Code of medical and sanitary regulations for the guidance of medical officers serving in the Madras Presidency - Volume II
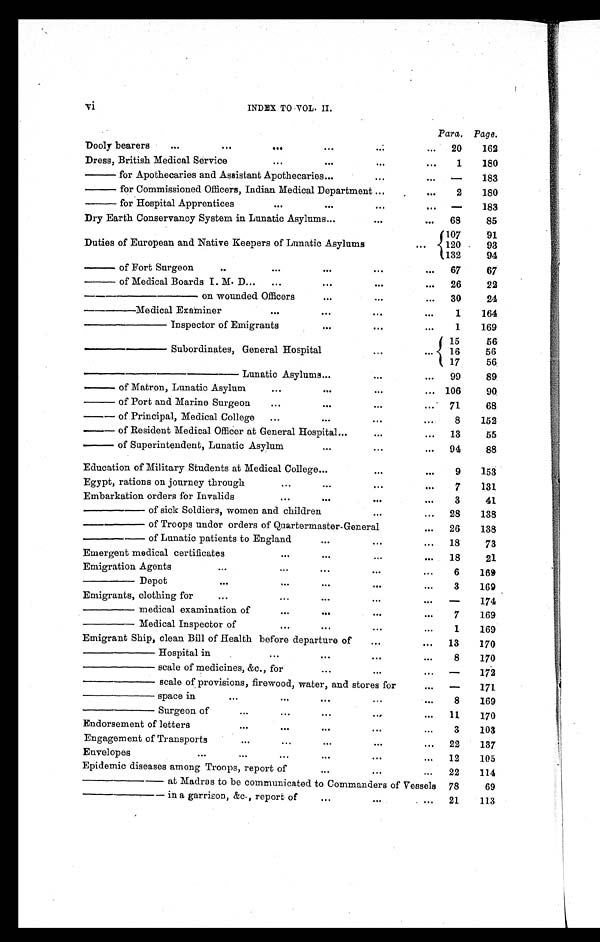
INDEX TO VOL. II.
Para. Page.
Dooly bearers
...
. . .
. . .
...
...
...
20
162
Dress, British Medical Service
...
...
...
...
1
180
—— for Apothecaries and Assistant Apothecaries...
...
. . .
—
183
—— for Commissioned Officers, Indian Medical Department ...
. . .
2
180
—— for Hospital Apprentices
...
...
...
... —
183
Dry Earth Conservancy System in Lunatic Asylums...
...
. . .
68
85
Duties of European and Native Keepers of Lunatic Asylums
...
107
91
1 2 0
93
132
94
—— of Fort Surgeon
..
...
...
...
...
67
67
—— of Medical Boards I. M. D...
...
...
...
...
26
22
— — — — — — — — o n w o u n d e d O f f i c e r s
...
...
...
30
24
———— Medical Examiner
...
...
...
...
1
164
————— Inspector of Emigrants
...
...
. . .
1
169
————— Subordinates, General Hospital
...
...
15
56
16
56
17
56
—————————Lunatic Asylums...
...
...
99
89
— — o f M a t r o n , L u n a t i c A s y l u m
...
...
...
... 106
90
—— of Port and Marine Surgeon
...
...
...
... 71
68
— – o f P r i n c i p a l , M e d i c a l C o l l e g e
...
...
...
. . .
8
152
— — o f R e s i d e n t M e d i c a l O f f i c e r a t G e n e r a l H o s p i t a l . . .
...
...
13
55
—— of Superintendent, Lunatic Asylum
...
...
... 94
88
Education of Military Students at Medical College ...
...
. . .
9
153
Egypt, rations on journey through
...
...
...
. . . 7
131
Embarkation orders for Invalids
...
...
...
. . .
3
41
— — — — o f s i c k S o l d i e r s , w o m e n a n d c h i l d r e n
...
. . .
28
138
———— of Troops under orders of Quartermaster-General
...
26
138
— — — — o f L u n a t i c p a t i e n t s t o E n g l a n d
...
...
... 18
73
Emergent medical certificates
...
...
...
. . .
18
21
Emigration Agents
. . .
...
...
...
...
6
169
——— Depot
. . .
...
...
...
. . .
3
169
Emigrants, clothing for
...
...
...
...
. . .
—
174
——— medical examination of
...
...
...
...
7
169
——— Medical Inspector of
...
...
...
...
1
169
Emigrant Ship, clean Bill of Health before departure of
...
...
13
170
———— Hospital in
. . .
...
...
. . .
8
170
———— scale of medicines, &c., for
...
...
...
—
172
———— scale of provisions, firewood, water, and stores for
. . . —
171
———— space in ...
...
...
...
. . .
8
169
———— Surgeon of
...
...
...
...
. . .
11
170
Endorsement of letters
...
...
...
...
...
3
103
Engagement of Transports
...
...
. . .
...
... 22
137
Envelopes
. . . ...
...
...
...
. . .
12
105
Epidemic diseases among Troops, report of
...
...
...
22
114
————— at Madras to be communicated to Commanders of Vessels 78
69
————— in a garrison, &c., report of ...
...
. . . 21
113